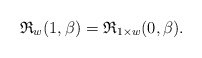
\begin{gather*} \mathfrak{R}_{w}(1,\beta)=\mathfrak{R}_{1 \times w}(0,\beta). \end{gather*}